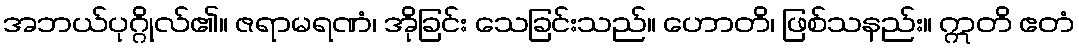
အဘယ်ပုဂ္ဂိုလ်၏။ ဇရာမရဏံ၊ အိုခြင်း သေခြင်းသည်။ ဟောတိ၊ ဖြစ်သနည်း။ ဣတိ ဧတံ